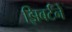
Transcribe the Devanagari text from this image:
झिबर्टने